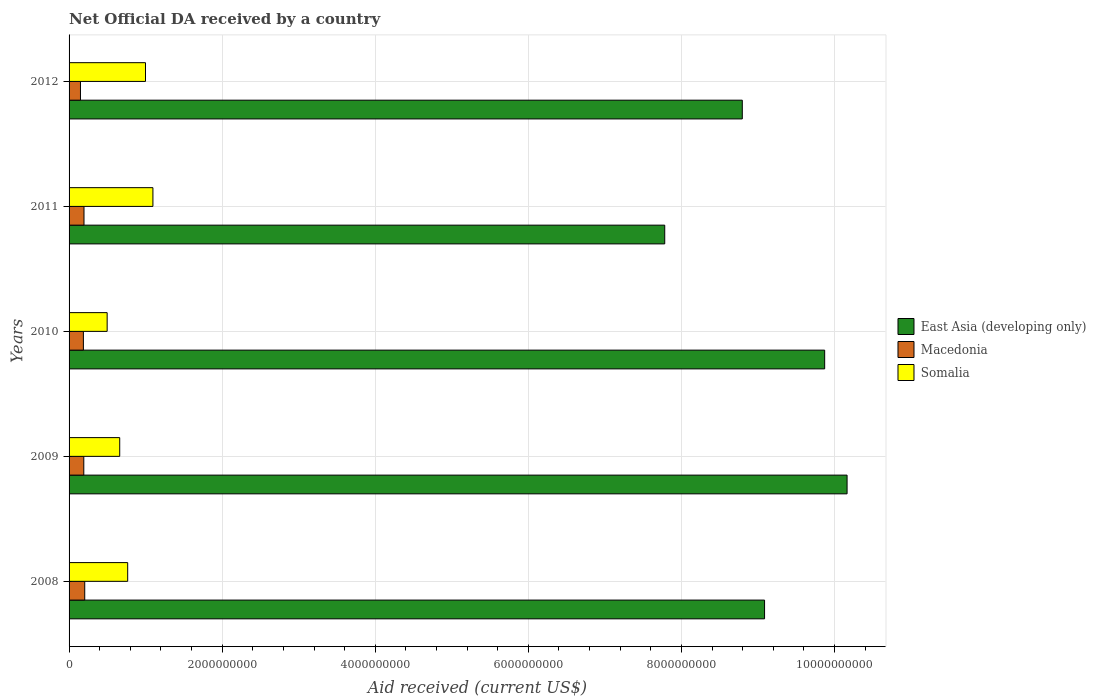
| Years | East Asia (developing only) | Macedonia | Somalia |
 | --- | --- | --- | --- |
 | 2008 | 9.09e+09 | 2.05e+08 | 7.66e+08 |
 | 2009 | 1.02e+10 | 1.92e+08 | 6.62e+08 |
 | 2010 | 9.87e+09 | 1.87e+08 | 4.98e+08 |
 | 2011 | 7.78e+09 | 1.95e+08 | 1.1e+09 |
 | 2012 | 8.8e+09 | 1.49e+08 | 9.99e+08 |